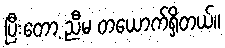
ပြီးတော့ ညီမ တယောက်ရှိတယ်။